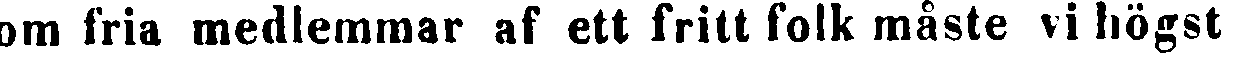
om fria medlemmar af ett fritt folk måste vi högst